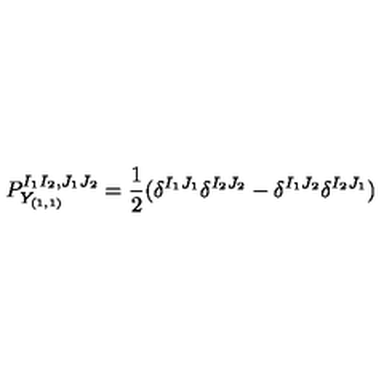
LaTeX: P _ { Y _ { ( 1 , 1 ) } } ^ { I _ { 1 } I _ { 2 } , J _ { 1 } J _ { 2 } } = \frac { 1 } { 2 } ( \delta ^ { I _ { 1 } J _ { 1 } } \delta ^ { I _ { 2 } J _ { 2 } } - \delta ^ { I _ { 1 } J _ { 2 } } \delta ^ { I _ { 2 } J _ { 1 } } )